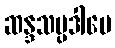
ဆန္ဒသမ္ပဒါပေ